65_HS1-834228961_62-HQ-83894_SUB_A
Agency: FBI
Page 10
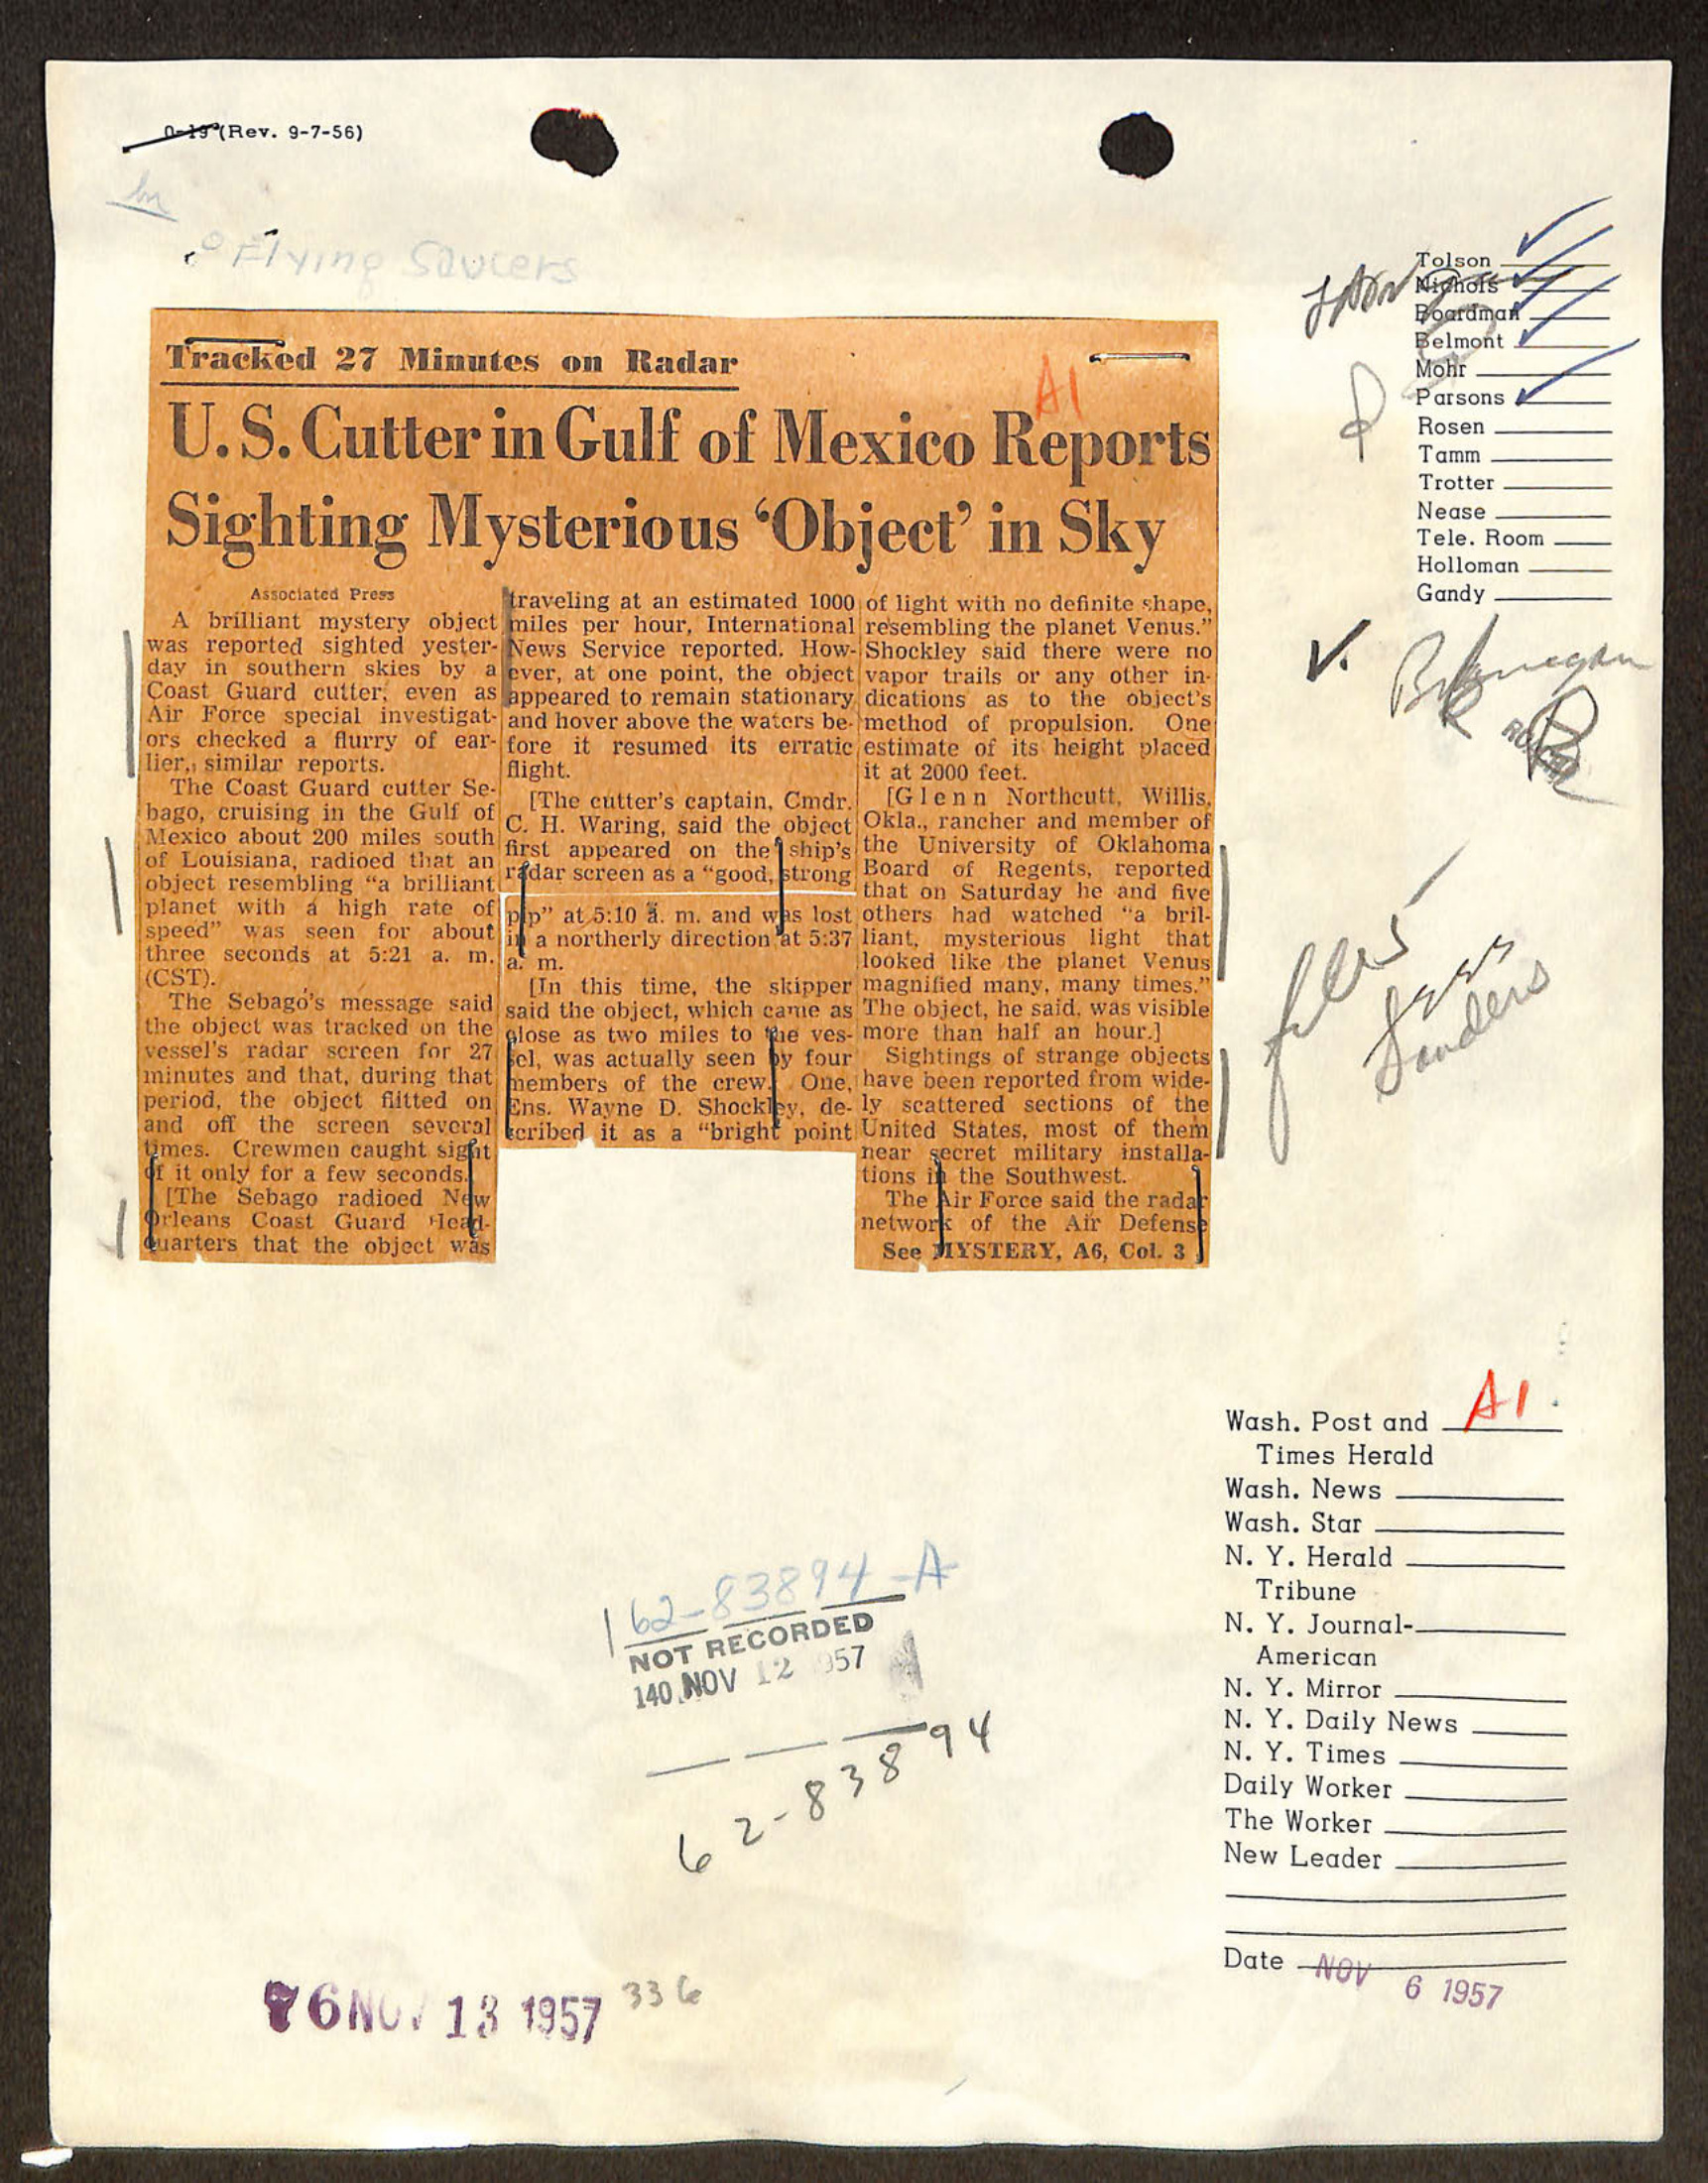